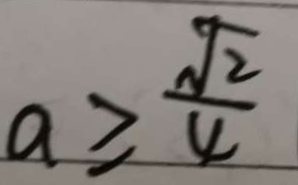
a \geq \frac { \sqrt { 2 } } { 4 }